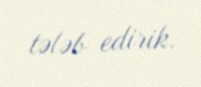
tələb edirik.